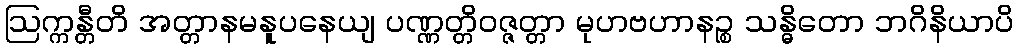
ဩက္ကန္တီတိ အတ္တာနမနူပနေယျ ပဏ္ဏတ္တိဝဇ္ဇတ္တာ မုဟဗဟာနဉ္စ သန္ဓိတော ဘဂိနိယာပိ